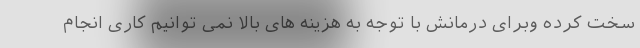
سخت کرده وبرای درمانش با توجه به هزینه های بالا نمی توانیم کاری انجام